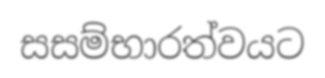
සසම්භාරත්වයට